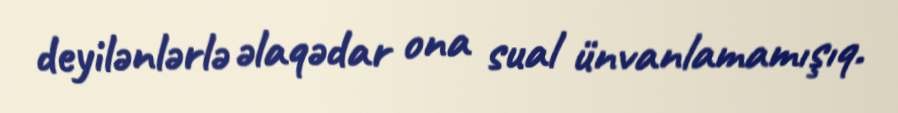
deyilənlərlə əlaqədar ona sual ünvanlamamışıq.